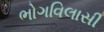
ભોગવિલાસી